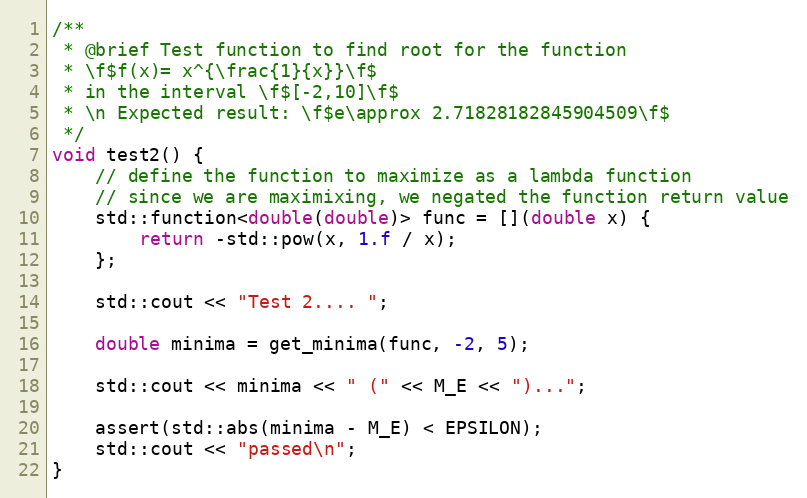
Language: C++
/**
 * @brief Test function to find root for the function
 * \f$f(x)= x^{\frac{1}{x}}\f$
 * in the interval \f$[-2,10]\f$
 * \n Expected result: \f$e\approx 2.71828182845904509\f$
 */
void test2() {
    // define the function to maximize as a lambda function
    // since we are maximixing, we negated the function return value
    std::function<double(double)> func = [](double x) {
        return -std::pow(x, 1.f / x);
    };

    std::cout << "Test 2.... ";

    double minima = get_minima(func, -2, 5);

    std::cout << minima << " (" << M_E << ")...";

    assert(std::abs(minima - M_E) < EPSILON);
    std::cout << "passed\n";
}